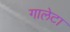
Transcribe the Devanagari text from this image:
गालेटा